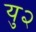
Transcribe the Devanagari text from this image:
यु२